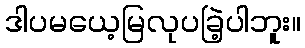
ဒါပမယေ့မြလုပခြဲ့ပါဘူး။